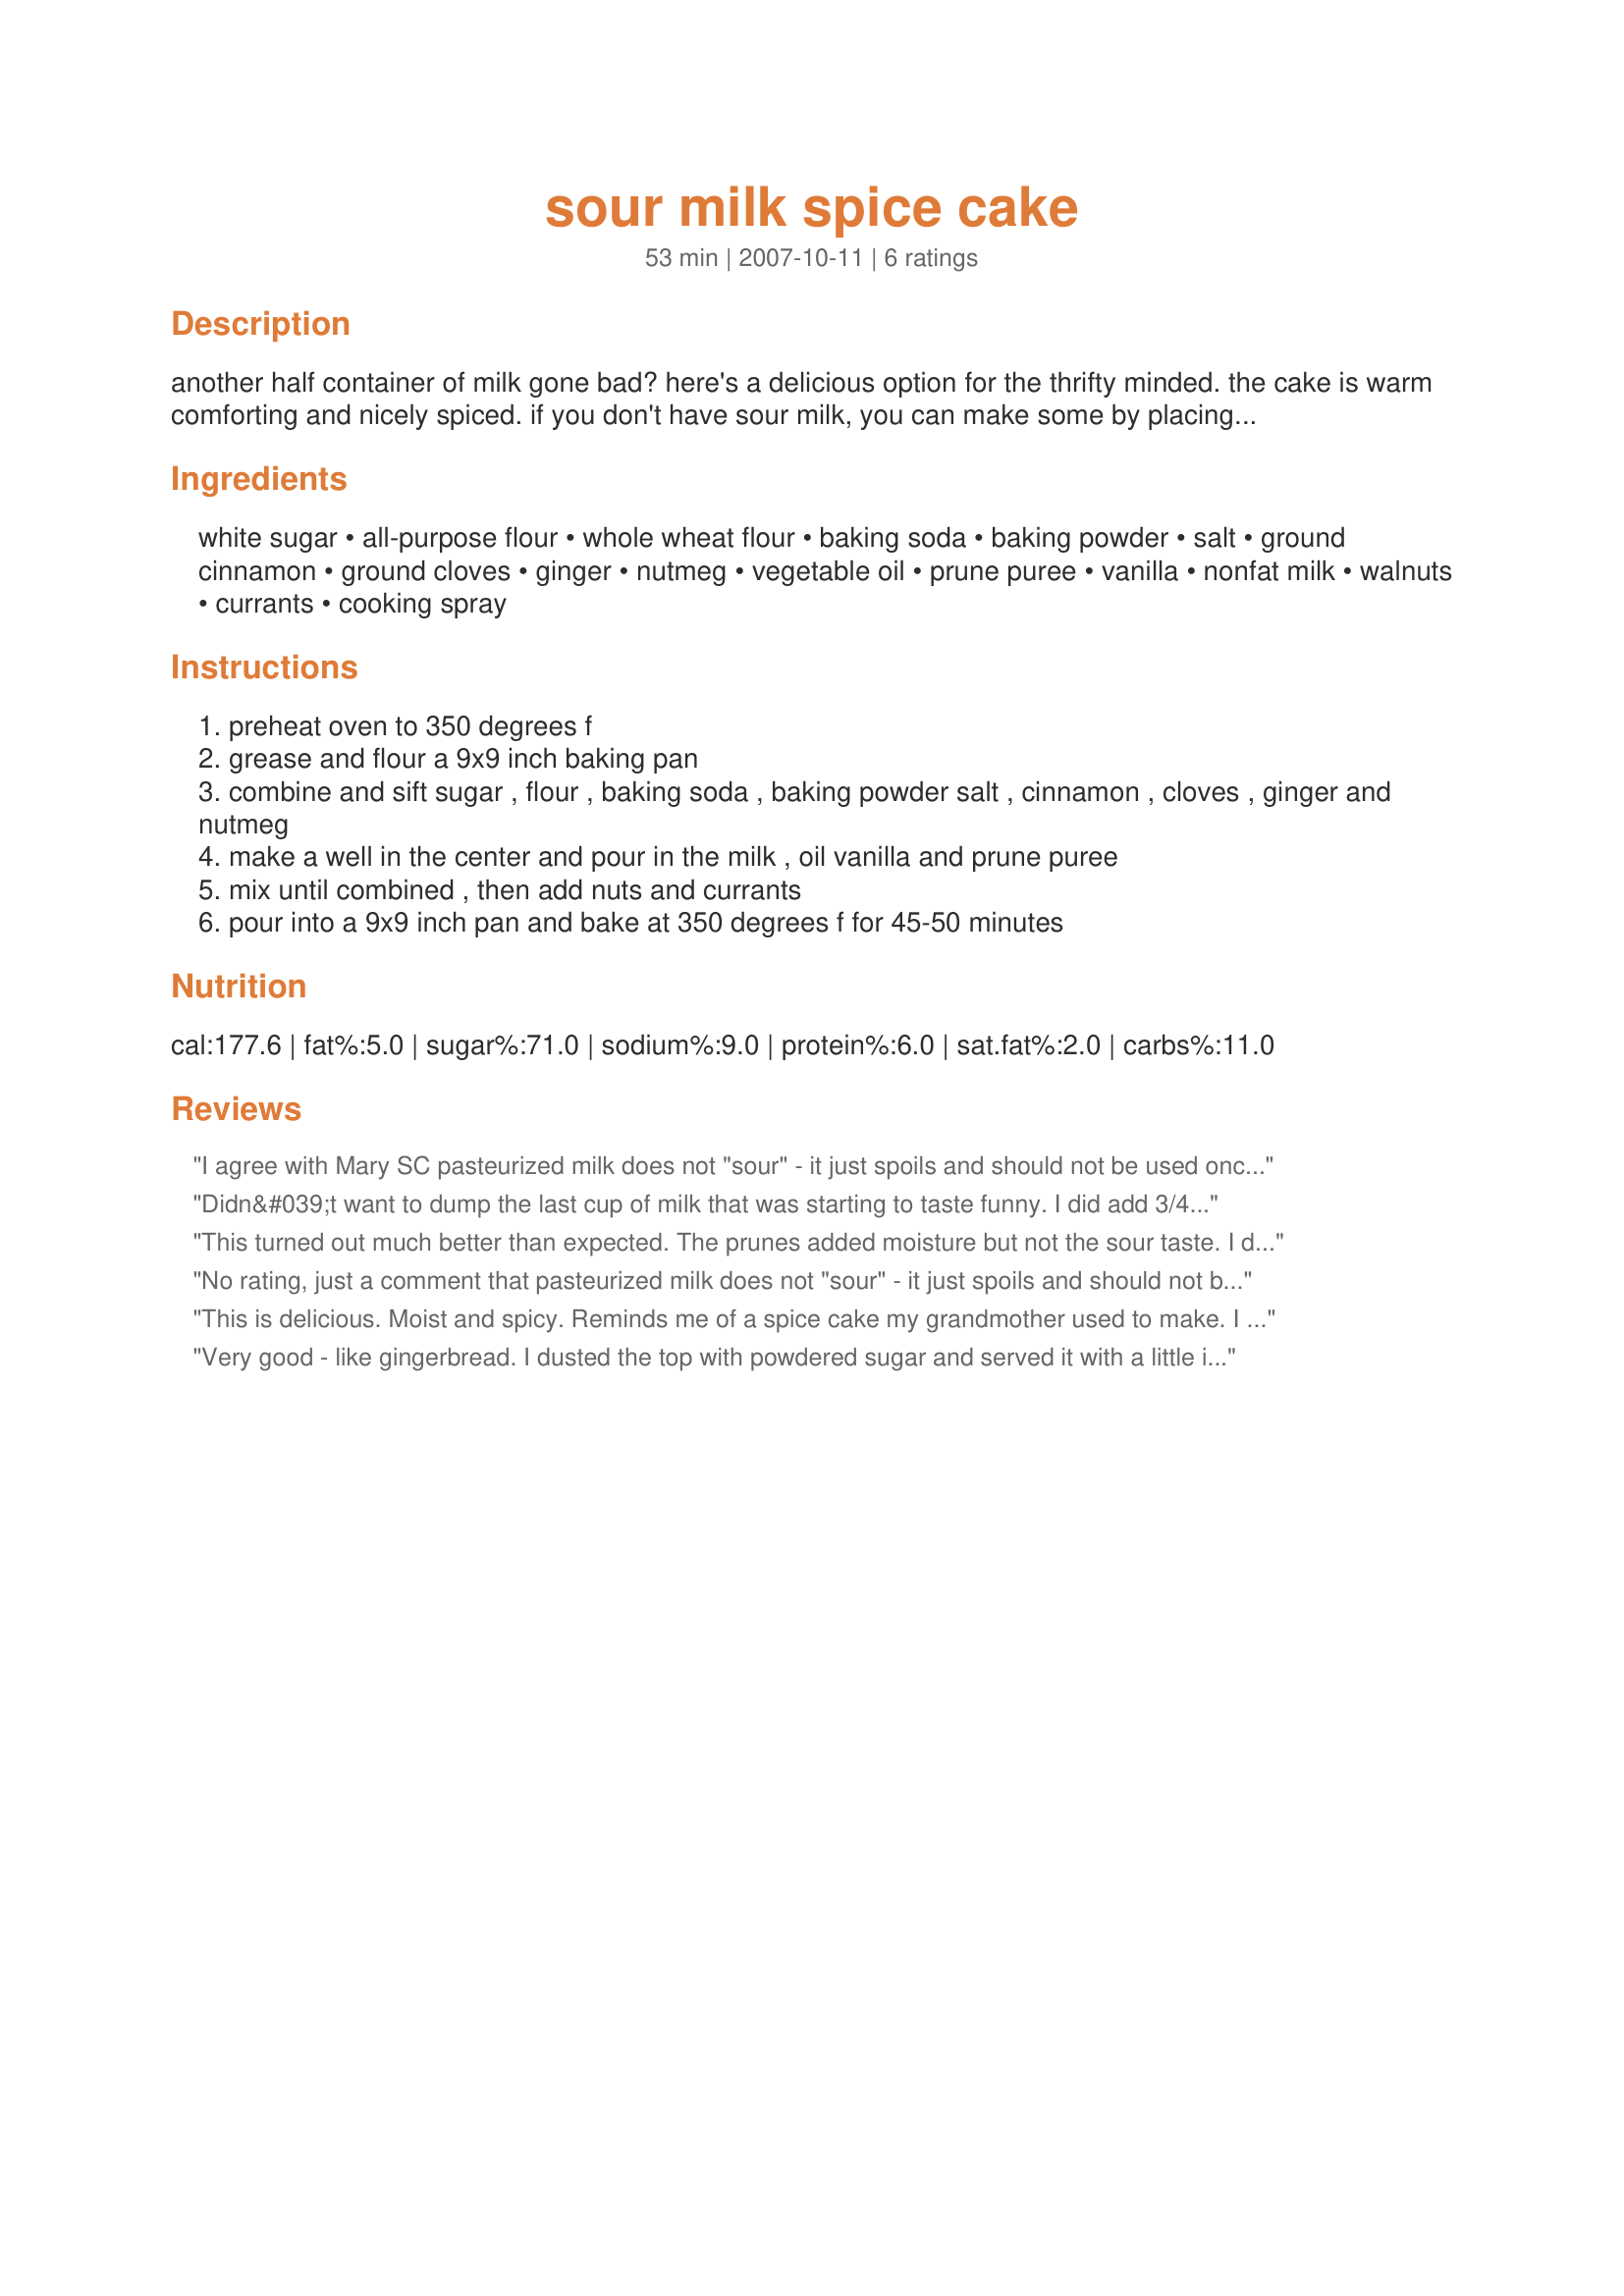
sour milk spice cake
Preparation time: 53 minutes

another half container of milk gone bad? here's a delicious option for the thrifty minded. the cake is warm comforting and nicely spiced. if you don't have sour milk, you can make some by placing a tablespoon of vinegar in a one cup measure and filling the rest with milk; let stand 10 minutes and you are ready to go.

Ingredients:
white sugar, all-purpose flour, whole wheat flour, baking soda, baking powder, salt, ground cinnamon, ground cloves, ginger, nutmeg, vegetable oil, prune puree, vanilla, nonfat milk, walnuts, currants, cooking spray

Steps:
preheat oven to 350 degrees f
grease and flour a 9x9 inch baking pan
combine and sift sugar , flour , baking soda , baking powder salt , cinnamon , cloves , ginger and nutmeg
make a well in the center and pour in the milk , oil vanilla and prune puree
mix until combined , then add nuts and currants
pour into a 9x9 inch pan and bake at 350 degrees f for 45-50 minutes

Reviews:
I agree with Mary SC pasteurized milk does not "sour" - it just spoils and should not be used once it turns. When sour milk is called for, use buttermilk or add vinegar to good milk!<br/><br/>I prefer certified RAW milk, it will sour and clabber naturally and is safe. Please see http://www.realmilk.com/ for more info. Thanks.
Didn&#039;t want to dump the last cup of milk that was starting to taste funny. I did add 3/4tsp vinegar to make it more sour. I didn&#039;t have baby food prunes on hand so I substituted apple butter. Left out nuts and raisins. Next time I may do less cloves for kids preference. I was surprised the recipe was egg free, but was glad since I used up my eggs at lunch time :)
This turned out much better than expected. The prunes added moisture but not the sour taste. I divided the sugar between brown and white and made muffins instead of a cake. (baking time in half)
No rating, just a comment that pasteurized milk does not "sour" - it just spoils and should not be used once it turns. When sour milk is called for, use buttermilk or add vinegar to good milk!
This is delicious. Moist and spicy. Reminds me of a spice cake my grandmother used to make. I have an Italian Prune tree so I make and can my own prune puree. Gives this cake its color and moistness. I used 1/2 sugar and 1/2 Splenda and it worked fine. I just cut baking time by about 8 minutes. I served it with a dollop of non-fat, low sugar vanilla yogurt and a sprinkle of nutmeg.
Very good - like gingerbread. I dusted the top with powdered sugar and served it with a little ice cream. The baby food prunes were a great idea - I'm going to keep some on hand to sweeten other baked goods.
